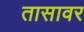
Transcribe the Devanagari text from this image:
तासावर